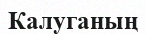
Калуганың